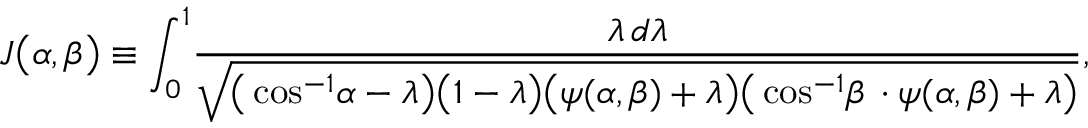
\begin{array} { l } { \displaystyle { J \big ( \alpha , \beta \big ) \equiv \int _ { 0 } ^ { 1 } \! \frac { \lambda \, d \lambda } { \sqrt { \big ( \cos ^ { - 1 } \! \alpha - \lambda \big ) \big ( 1 - \lambda \big ) \big ( \psi ( \alpha , \beta ) + \lambda \big ) \big ( \cos ^ { - 1 } \! \beta \, \cdot \psi ( \alpha , \beta ) + \lambda \big ) } } , } } \end{array}